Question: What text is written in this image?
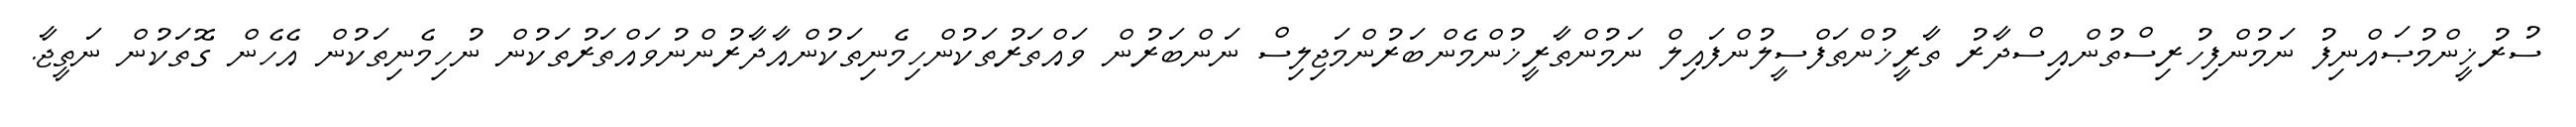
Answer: ސުރުޚީންމުޞައްނިފު ނަމުންފިހުރިސްތުންއިސްދާރު ތާރީޚުންތަފްސީލުންފައިލް ނަމުންތާރީޚުންމެންބަރުންމަޖިލިސް ނަންބަރުން ވައްތަރުތަކުންހިމެނިތަކުންއާދާރުންނުވައްތަރުތަކުން ނުހިމެނިތަކުން އެހެން ގޮތަކުން ނަތީޖާ.